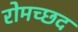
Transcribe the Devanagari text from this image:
रोमच्छद